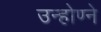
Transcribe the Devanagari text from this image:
उन्होण्ने